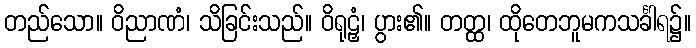
တည်သော။ ဝိညာဏံ၊ သိခြင်းသည်။ ဝိရုဠှံ၊ ပွား၏။ တတ္ထ၊ ထိုတေဘူမကသင်္ခါရ၌။